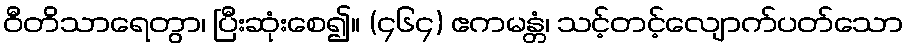
ဝီတိသာရေတွာ၊ ပြီးဆုံးစေ၍။ (၄၆၄) ဧကမန္တံ၊ သင့်တင့်လျောက်ပတ်သော